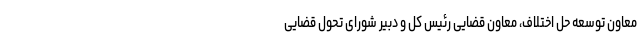
معاون توسعه حل اختلاف، معاون قضایی رئیس کل و دبیر شورای تحول قضایی